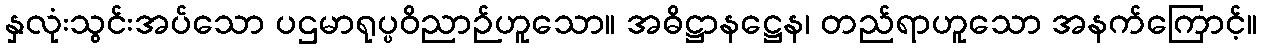
နှလုံးသွင်းအပ်သော ပဌမာရုပ္ပဝိညာဉ်ဟူသော။ အဓိဋ္ဌာနဋ္ဌေန၊ တည်ရာဟူသော အနက်ကြောင့်။